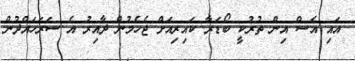
އައި އެސް އިން ތުރުކީ ބޯޑަރާ ކައިރިއަށް ޖެހެމުން ދާއިރު އެ ސަރަހައްދުން